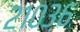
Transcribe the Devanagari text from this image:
२१०३६